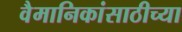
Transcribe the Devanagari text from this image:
वैमानिकांसाठीच्या